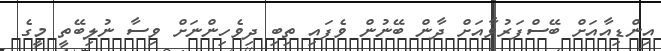
އިންޑިއާއަށް ބޭސްފަރުވާއަށް ދާން ބޭނުން ވެފައި ތިބި ދިވެހިންނަށް ވިސާ ނުލިބޭތީ މީގެ